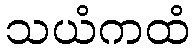
သယံကထံ